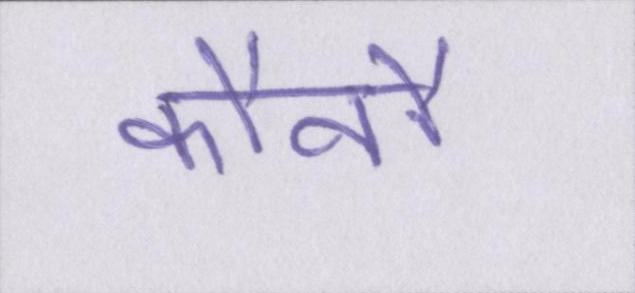
कौनौ